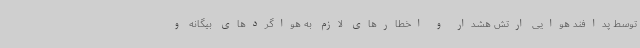
توسط پدافند هوایی ارتش هشدار و اخطارهای لازم به هواگردهای بیگانه و